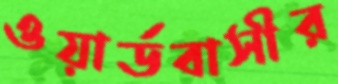
ওয়ার্ডবাসীর